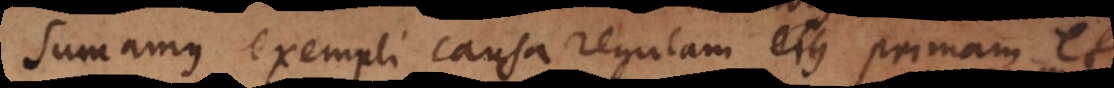
Sumamus exempli causa regulam motus primam et